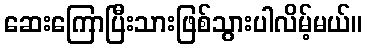
ဆေးကြောပြီးသားဖြစ်သွားပါလိမ့်မယ်။